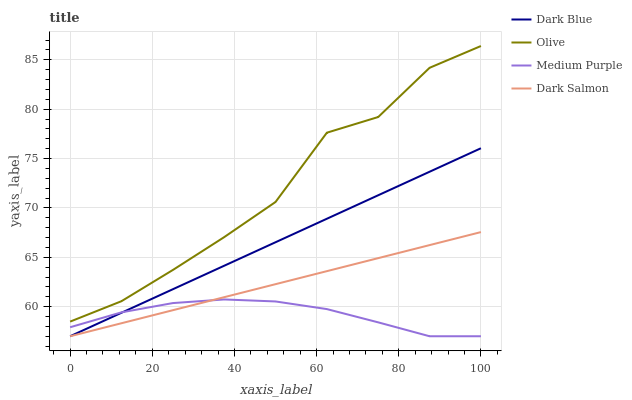
| xaxis_label | Dark Blue | Olive | Medium Purple | Dark Salmon |
 | --- | --- | --- | --- | --- |
 | 0 | 57 | 58.5 | 57.9 | 57 |
 | 12.5 | 59.4 | 60.6 | 59.4 | 58.3 |
 | 25 | 61.8 | 63.7 | 60.4 | 59.6 |
 | 37.5 | 64.1 | 67 | 60.7 | 61 |
 | 50 | 66.5 | 70.6 | 60.5 | 62.3 |
 | 62.5 | 68.9 | 77.6 | 59.8 | 63.6 |
 | 75 | 71.3 | 79.2 | 58.4 | 64.9 |
 | 87.5 | 73.7 | 84.2 | 57 | 66.2 |
 | 100 | 76 | 86.4 | 57 | 67.6 |